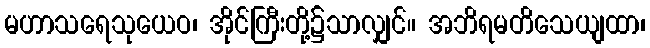
မဟာသရေသုယေဝ၊ အိုင်ကြီးတို့၌သာလျှင်။ အဘိရမတိသေယျထာ၊